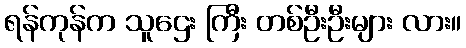
ရန်ကုန်က သူဌေး ကြီး တစ်ဦးဦးများ လား။